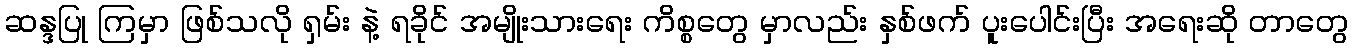
ဆန္ဒပြု ကြမှာ ဖြစ်သလို ရှမ်း နဲ့ ရခိုင် အမျိုးသားရေး ကိစ္စတွေ မှာလည်း နှစ်ဖက် ပူးပေါင်းပြီး အရေးဆို တာတွေ